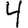
Digit: 4